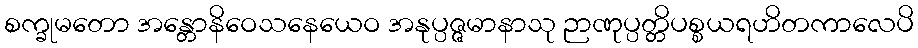
စက္ခုမတော အန္တောနိဝေသနေယေဝ အနုပ္ပဇ္ဇမာနာသု ဉာဏုပ္ပတ္တိပစ္စယရဟိတကာလေပိ